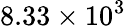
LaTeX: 8.33\times 10^{3}